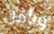
ونأمل